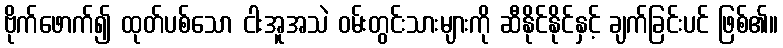
ဗိုက်ဖောက်၍ ထုတ်ပစ်သော ငါးအူအသဲ ဝမ်းတွင်းသားများကို ဆီနိုင်နိုင်နှင့် ချက်ခြင်းပင် ဖြစ်၏။